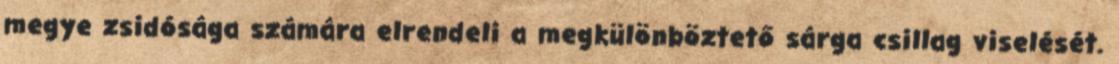
megye zsidósága számára elrendeli a megkülönböztető sárga csillag viselését.